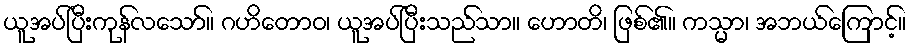
ယူအပ်ပြီးကုန်လသော်။ ဂဟိတောဝ၊ ယူအပ်ပြီးသည်သာ။ ဟောတိ၊ ဖြစ်၏။ ကသ္မာ၊ အဘယ်ကြောင့်။